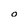
Character: O